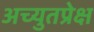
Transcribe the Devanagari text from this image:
अच्युतप्रेक्ष